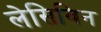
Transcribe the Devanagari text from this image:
लेसिविन